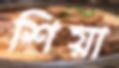
শিয়া